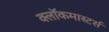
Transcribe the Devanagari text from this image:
क्लाॅकमास्टर्स